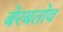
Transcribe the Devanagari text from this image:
बेरबतोव